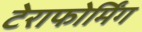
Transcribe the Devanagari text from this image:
टेराफोर्मिंग